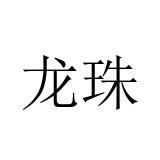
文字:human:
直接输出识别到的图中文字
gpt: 龙珠